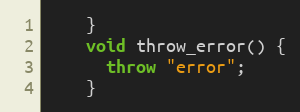
Language: C++
    }
    void throw_error() {
      throw "error";
    }